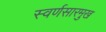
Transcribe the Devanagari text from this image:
स्वर्णसारमुख